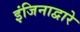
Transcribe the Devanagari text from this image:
इंजिनाद्वारे